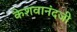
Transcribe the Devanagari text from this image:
केशवानंदजी